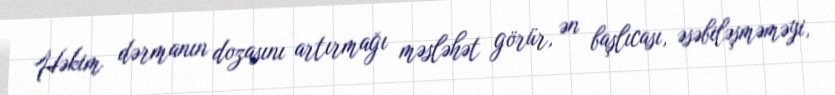
Həkim dərmanın dozasını artırmağı məsləhət görür, ən başlıcası, əsəbiləşməməyi,